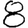
Digit: 8